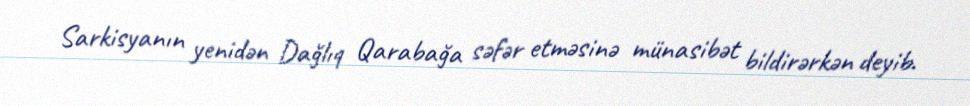
Sarkisyanın yenidən Dağlıq Qarabağa səfər etməsinə münasibət bildirərkən deyib.